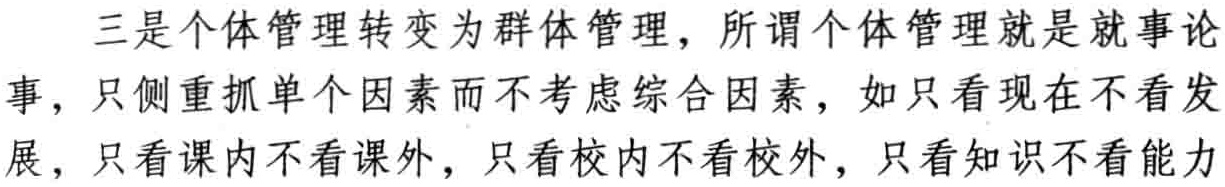
三是个体管理转变为群体管理，所谓个体管理就是就事论事，只侧重抓单个因素而不考虑综合因素，如只看现在不看发展，只看课内不看课外，只看校内不看校外，只看知识不看能力